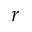
r